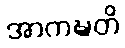
အာကဍ္ဎတိ